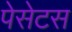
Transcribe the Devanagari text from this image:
पेसेटस